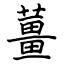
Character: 薑